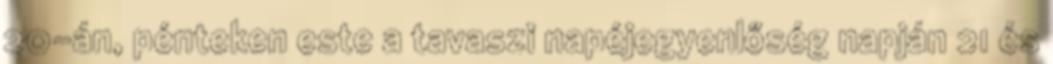
20-án, pénteken este a tavaszi napéjegyenlőség napján 21 és